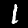
Digit: 1